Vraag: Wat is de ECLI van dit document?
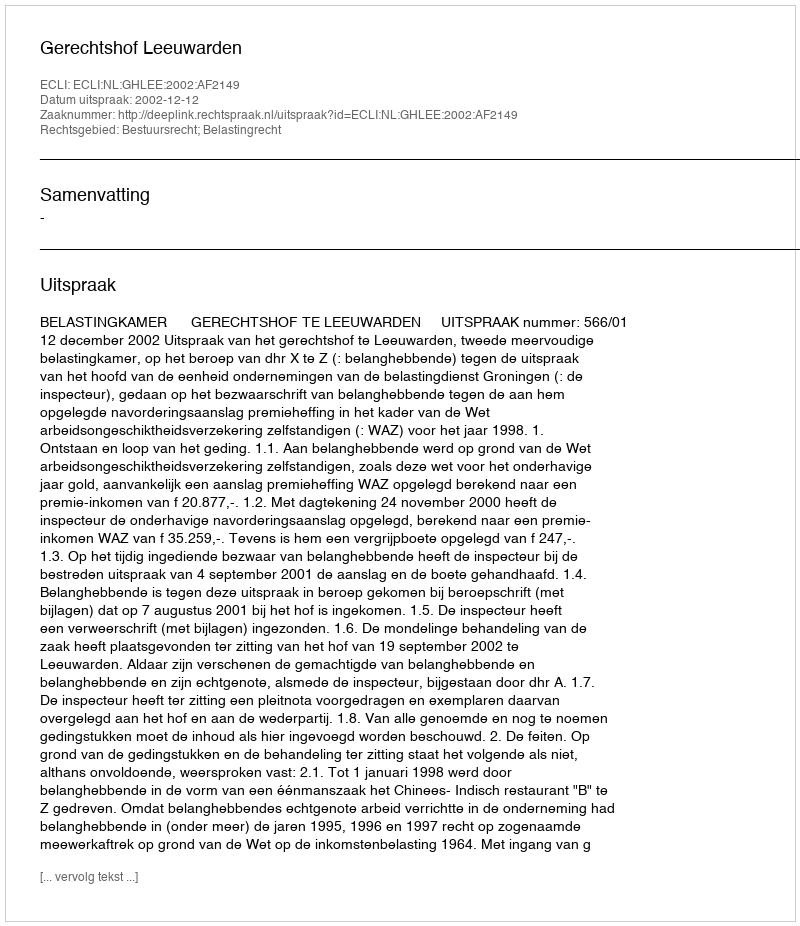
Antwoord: ECLI:NL:GHLEE:2002:AF2149